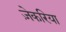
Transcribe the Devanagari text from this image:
ज़ेकरिया